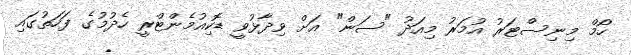
ހޯމް މިނިސްޓަރު އުމަރު މިއަދު "ސަން" އަށް ވިދާޅުވީ ޑޮކިއުމެންޓްރީ ހެދުމުގެ ފަހަތުގައި